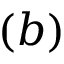
( b )